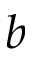
b